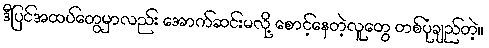
ဒီပြင်အထပ်တွေမှာလည်း အောက်ဆင်းမလို့ စောင့်နေတဲ့လူတွေ တစ်ပုံချည်တဲ့။